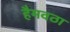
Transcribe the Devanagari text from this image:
हैमवठा